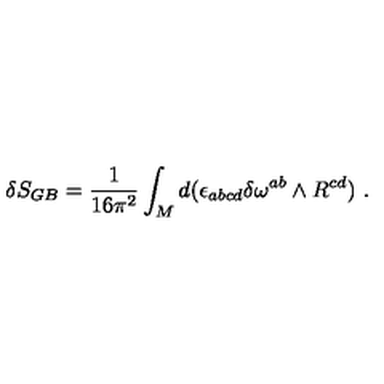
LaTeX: \delta S _ { G B } = { \frac { 1 } { 1 6 \pi ^ { 2 } } } \int _ { M } d ( \epsilon _ { a b c d } \delta \omega ^ { a b } \wedge R ^ { c d } ) \ .